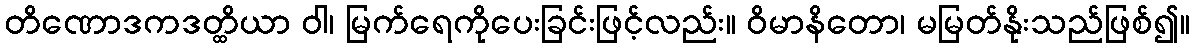
တိဏောဒကဒတ္ထိယာ ဝါ၊ မြက်ရေကိုပေးခြင်းဖြင့်လည်း။ ဝိမာနိတော၊ မမြတ်နိုးသည်ဖြစ်၍။